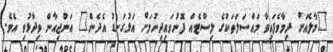
"މާލެއަށް ދިމާވެފައިވާ މައްސަލަތަކުގެ ލިސްޓެއް ފޮނުވައިދިނުމަށް އަޅުގަނޑު އެދެން" އަންޖިއާން ވިދާޅުވި އެވެ.